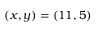
( x , y ) = ( 1 1 , 5 )